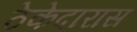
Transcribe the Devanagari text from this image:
ठेकेदारास